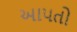
આ૫તો